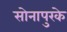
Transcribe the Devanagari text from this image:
सोनापुरके